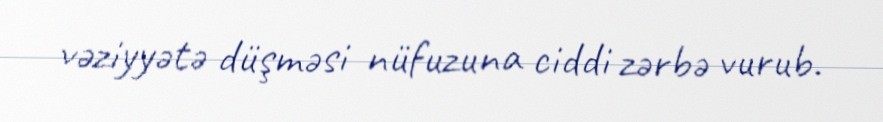
vəziyyətə düşməsi nüfuzuna ciddi zərbə vurub.